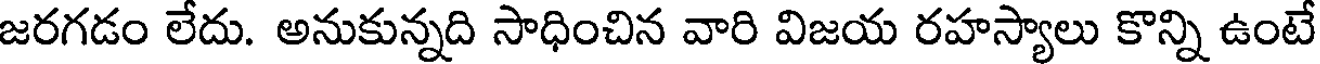
జరగడం లేదు. అనుకున్నది సాధించిన వారి విజయ రహస్యాలు కొన్ని ఉంటే